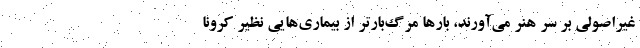
غیراصولی بر سر هنر می‌آورند، بارها مرگ‌بارتر از بیماری‌هایی نظیر کرونا